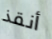
أنقذ